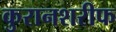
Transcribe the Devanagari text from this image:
कुरानशरीफ